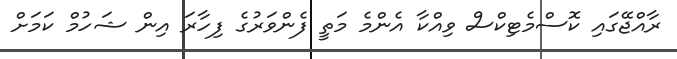
ރާއްޖޭގައި ކޮސްމެޓިކްސް ވިއްކާ އެންމެ މަތީ ފެންވަރުގެ ފިހާރަ އިން ޝަހުމް ކަމަށް